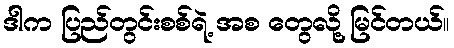
ဒါက ပြည်တွင်းစစ်ရဲ့ အစ တွေလို့ မြင်တယ်။